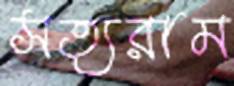
সত্যরাম